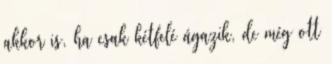
akkor is, ha csak kétfelé ágazik, de még ott